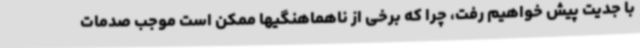
با جدیت پیش خواهیم رفت، چرا که برخی از ناهماهنگیها ممکن است موجب صدمات